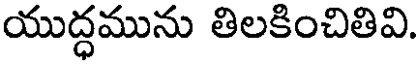
యుద్ధమును తిలకించితివి.